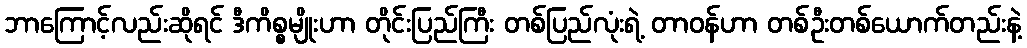
ဘာကြောင့်လည်းဆိုရင် ဒီကိစ္စမျိုးဟာ တိုင်းပြည်ကြီး တစ်ပြည်လုံးရဲ့ တာဝန်ဟာ တစ်ဦးတစ်ယောက်တည်းနဲ့